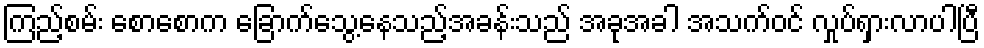
ကြည့်စမ်း စောစောက ခြောက်သွေ့နေသည့်အခန်းသည် အခုအခါ အသက်ဝင် လှုပ်ရှားလာပါပြီ